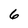
Character: 6